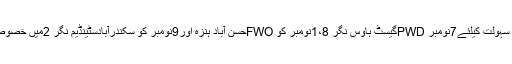
مزید براں ہنزہ اور نگر کے لوگوں کی سہولت کیلئے7نومبر PWDگیسٹ ہاوس نگر 1،8نومبر کو FWOحسن آباد ہنزہ اور9نومبر کو سکندرآبادسٹینڈیم نگر 2میں خصوصی بھرکیمپ بھرتی لگائے جائیں گے۔